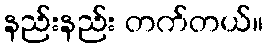
နည်းနည်း တက်တယ်။